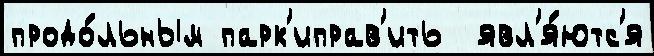
продо́льным парк'иправ'ить  явл'я́ютс'я